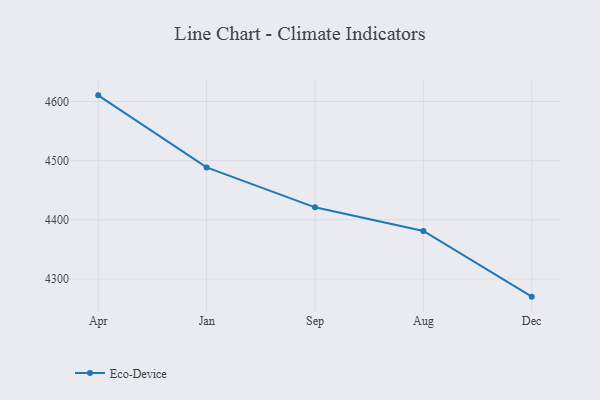
{"axis": {"x": "Month", "y": "Humidity (%)"}, "legend": ["Eco-Device"], "data": [{"x": "Apr", "y": 4610.4, "type": "Eco-Device"}, {"x": "Jan", "y": 4488.6, "type": "Eco-Device"}, {"x": "Sep", "y": 4421.1, "type": "Eco-Device"}, {"x": "Aug", "y": 4381.2, "type": "Eco-Device"}, {"x": "Dec", "y": 4270.1, "type": "Eco-Device"}]}